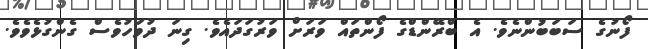
ފޯނުގެ ސަބަބުންނެވެ. އެ ބްރޭންޑްގެ ފޯންތައް ވަރަށް ވަރުގަދައެވެ. ގިނަ ދުވަހުވެސް ގެންގުޅެވެެވެ.